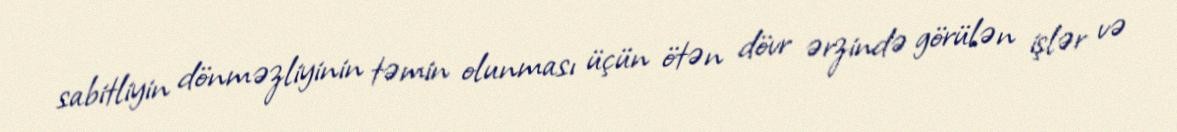
sabitliyin dönməzliyinin təmin olunması üçün ötən dövr ərzində görülən işlər və